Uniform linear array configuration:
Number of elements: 48
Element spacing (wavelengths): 0.75
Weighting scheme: hann
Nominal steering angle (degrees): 15
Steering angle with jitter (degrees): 13.979
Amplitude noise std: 0.05
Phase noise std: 0.05

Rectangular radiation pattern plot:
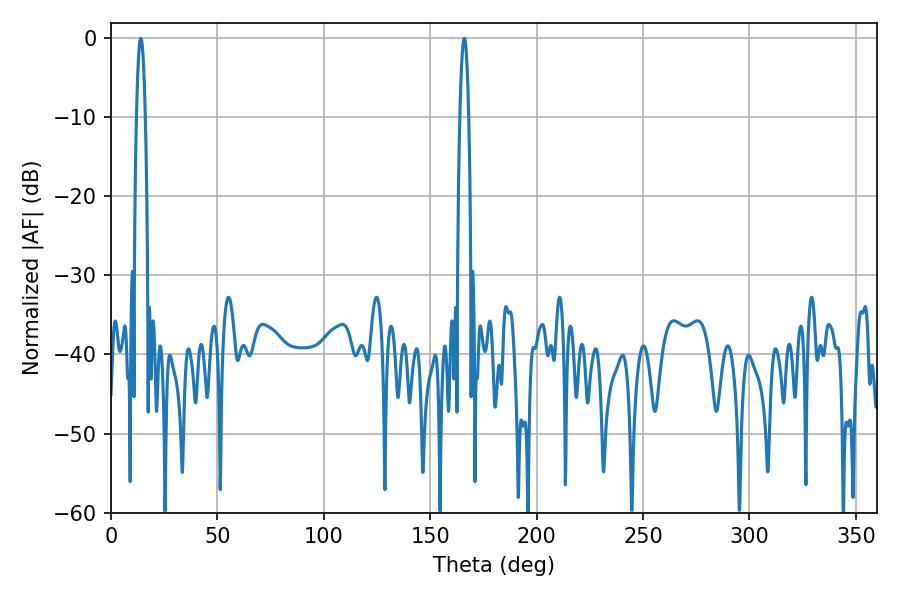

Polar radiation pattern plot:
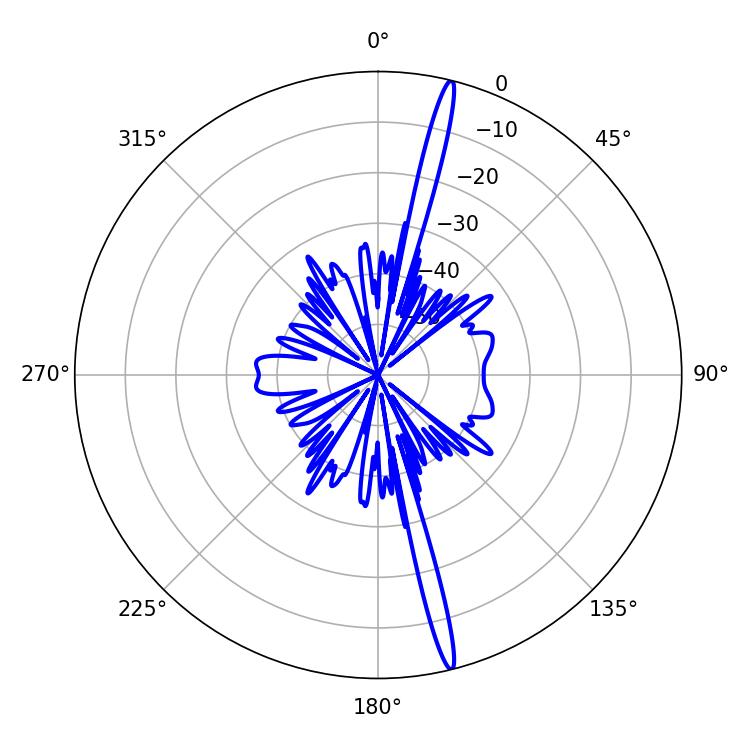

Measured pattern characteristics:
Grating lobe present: TRUE
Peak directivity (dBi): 19.743
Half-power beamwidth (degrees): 2.16
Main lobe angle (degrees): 14.04